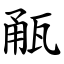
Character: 㼧